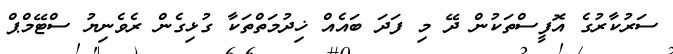
ސަރުކާރުގެ އޮފީސްތަކުން ދޭ މި ފަދަ ބައެއް ޚިދުމަތްތަކާ ގުޅިގެން ރެވެނިޔު ސްޓޭމްޕް